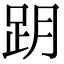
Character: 跀